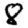
Digit: 8